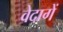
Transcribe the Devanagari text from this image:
वेदागें